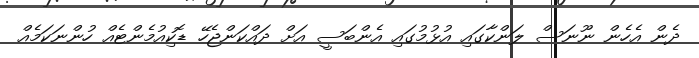
ދެން އެހެން ނޫނަސް ލަންކާގައި އުޅުމުގައި އެންބަސީ އަށް ދައްކަންޖެހޭ ޑޮކިއުމެންޓެއް ހުންނަކަމެއް